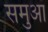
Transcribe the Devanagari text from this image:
समुआ